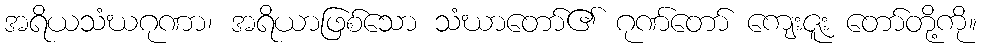
အရိယသံဃဂုဏာ၊ အရိယာဖြစ်သော သံဃာတော်၏ ဂုဏ်တော် ကျေးဇူး တော်တို့ကို။